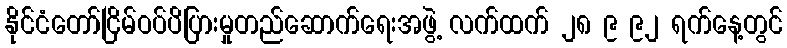
နိုင်ငံတော်ငြိမ်ဝပ်ပိပြားမှုတည်ဆောက်ရေးအဖွဲ့ လက်ထက် ၂၈ ၉ ၉၂ ရက်နေ့တွင်